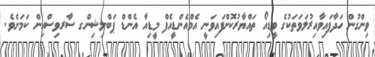
ވިންގުން ހަދާފައިވާއިރުލަވަތަކުގެ ވީޑިއޯ ތައްޔާރުކޮށްފައިވަނީ އެމްއެންޑީއެފް މީޑިއާ އެންޑް ޕަބްލިޝިންގ ސާރވިސްއިން ކަމަށެވެ.